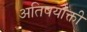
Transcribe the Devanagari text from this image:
अतिषयोक्ती